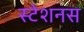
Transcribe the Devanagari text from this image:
स्टेशनस